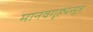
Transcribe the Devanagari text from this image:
मानवगृह्यसूत्र